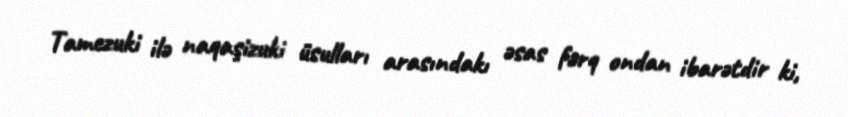
Tamezuki ilə naqaşizuki üsulları arasındakı əsas fərq ondan ibarətdir ki,